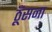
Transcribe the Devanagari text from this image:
ठूँसना